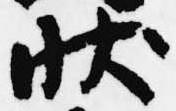
状